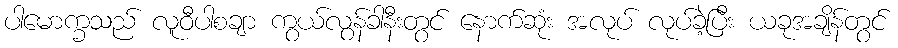
ပါမောက္ခသည် လူဝီပါစချာ ကွယ်လွန်ခါနီးတွင် နောက်ဆုံး အလုပ် လုပ်ခဲ့ပြီး ယခုအချိန်တွင်